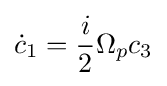
{\dot {c}}_{1}={\frac {i}{2}}\Omega _{p}c_{3}